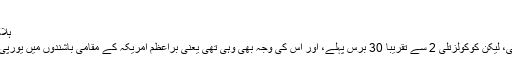
5: کوکولزتلی (1)
ہلاکتیں: 50 لاکھ سے ڈیڑھ کروڑ
یہ وبا بھی میکسیکو میں آئی تھی، لیکن کوکولزتلی 2 سے تقریباً 30 برس پہلے، اور اس کی وجہ بھی وہی تھی یعنی براعظم امریکہ کے مقامی باشندوں میں یورپی جراثیم کے خلاف عدم مدافعت۔